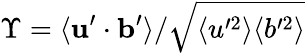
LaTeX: \Upsilon=\langle\mathbf{u}^{\prime}\cdot\mathbf{b}^{\prime}\rangle/\sqrt{\langle u^{\prime 2}\rangle\langle b^{\prime 2}\rangle}